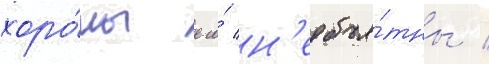
хоро́мы его́ н'еобъя́тны /